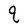
Character: q